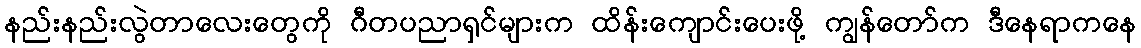
နည်းနည်းလွဲတာလေးတွေကို ဂီတပညာရှင်များက ထိန်းကျောင်းပေးဖို့ ကျွန်တော်က ဒီနေရာကနေ